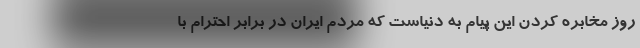
روز مخابره کردن این پیام به دنیاست که مردم ایران در برابر احترام با